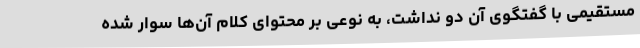
مستقیمی با گفتگوی آن دو نداشت، به نوعی بر محتوای کلام آن‌ها سوار شده